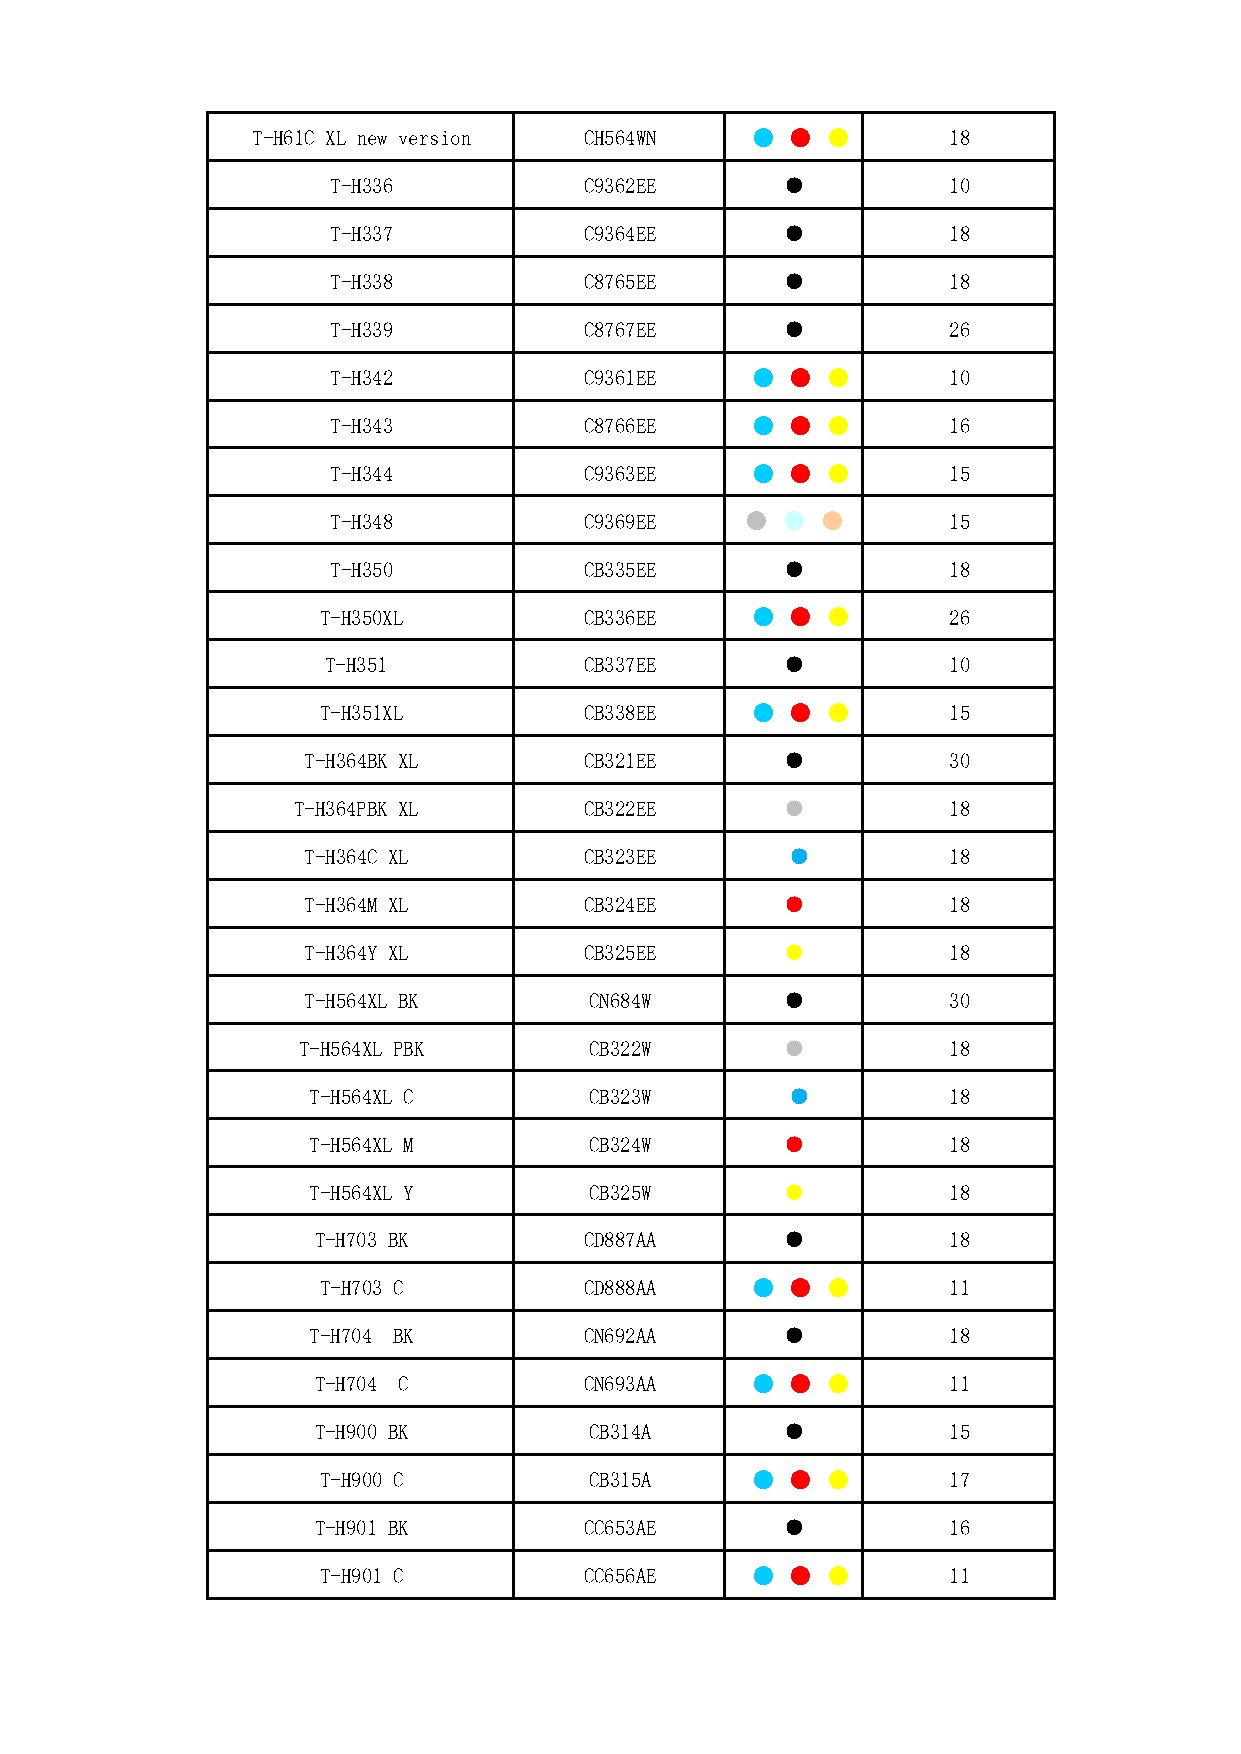
T-H61C XL new version CH564WN    ● ●  ●       18
 T-H336           C9362EE      ●          10
 T-H337           C9364EE      ●          18
 T-H338           C8765EE      ●          18
 T-H339           C8767EE      ●          26
 T-H342           C9361EE    ● ●  ●       10
 T-H343           C8766EE    ● ●  ●       16
 T-H344           C9363EE    ● ●  ●       15
 T-H348           C9369EE   ●  ● ●        15
 T-H350           CB335EE      ●          18
 T-H350XL          CB336EE    ● ●  ●       26
 T-H351           CB337EE      ●          10
 T-H351XL          CB338EE    ● ●  ●       15
 T-H364BK XL        CB321EE      ●          30
 T-H364PBK XL        CB322EE      ●          18
 T-H364C XL         CB323EE      ●          18
 T-H364M XL         CB324EE      ●          18
 T-H364Y XL         CB325EE      ●          18
 T-H564XL BK        CN684W       ●          30
 T-H564XL PBK       CB322W       ●          18
 T-H564XL C         CB323W       ●          18
 T-H564XL M         CB324W       ●          18
 T-H564XL Y         CB325W       ●          18
 T-H703 BK         CD887AA      ●          18
 T-H703 C          CD888AA    ● ●  ●       11
 T-H704 BK          CN692AA      ●          18
 T-H704 C          CN693AA    ● ●  ●       11
 T-H900 BK         CB314A       ●          15
 T-H900 C          CB315A     ● ●  ●       17
 T-H901 BK         CC653AE      ●          16
 T-H901 C          CC656AE    ● ●  ●       11